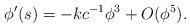
LaTeX: \begin{align*}\phi'(s)=-kc^{-1}\phi^{3}+O(\phi^{5}). \end{align*}